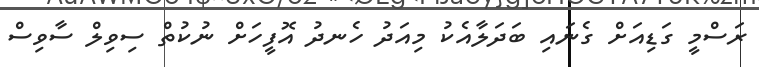
ރަސްމީ ގަޑިއަށް ގެނައި ބަދަލާއެކު މިއަދު ހެނދު އޮފީހަށް ނުކުތް ސިވިލް ސާވިސް